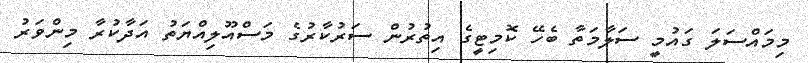
މިމައްސަލަ ގައުމީ ސަލާމަތާ ބެހޭ ކޮމިޓީގެ އިތުރުން ސަރުކާރުގެ މަސްއޫލިއްޔަތު އަދާކުރާ މިންވަރު